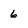
Character: 6